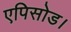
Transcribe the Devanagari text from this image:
एपिसोड।